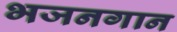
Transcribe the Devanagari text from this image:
भजनगान